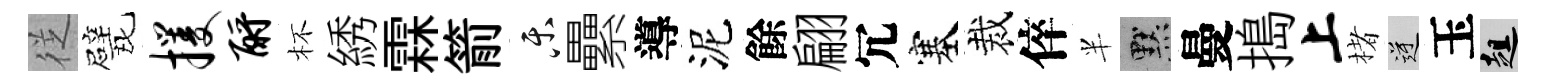
徔戏攫酹杯綉霖箭乐纍導泥餘翩冗塞裁倅半默曼搗上楮逆玉趄